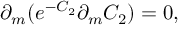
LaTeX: \partial _ { m } ( e ^ { - C _ { 2 } } \partial _ { m } C _ { 2 } ) = 0 ,